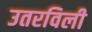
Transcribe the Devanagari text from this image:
उतरविली